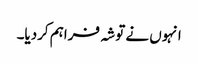
انہوں نے توشہ فراہم کردیا۔